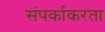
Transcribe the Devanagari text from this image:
संपर्काकरता